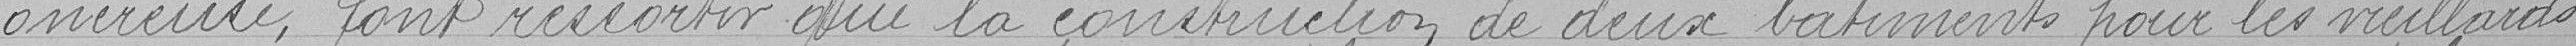
onéreuse, font ressortir que la construction de deux bâtiments pour les vieillards